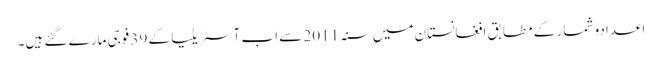
اعدادو شمار کے مطابق افغانستان میں سنہ 2011 سے اب آسٹریلیا کے 39 فوجی مارے گئے ہیں۔